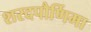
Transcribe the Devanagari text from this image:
शरदपौर्णिमा